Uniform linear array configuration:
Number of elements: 32
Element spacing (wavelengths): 0.5
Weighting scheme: blackman
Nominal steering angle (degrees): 30
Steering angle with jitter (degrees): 29.004
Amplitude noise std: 0.05
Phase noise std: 0.05

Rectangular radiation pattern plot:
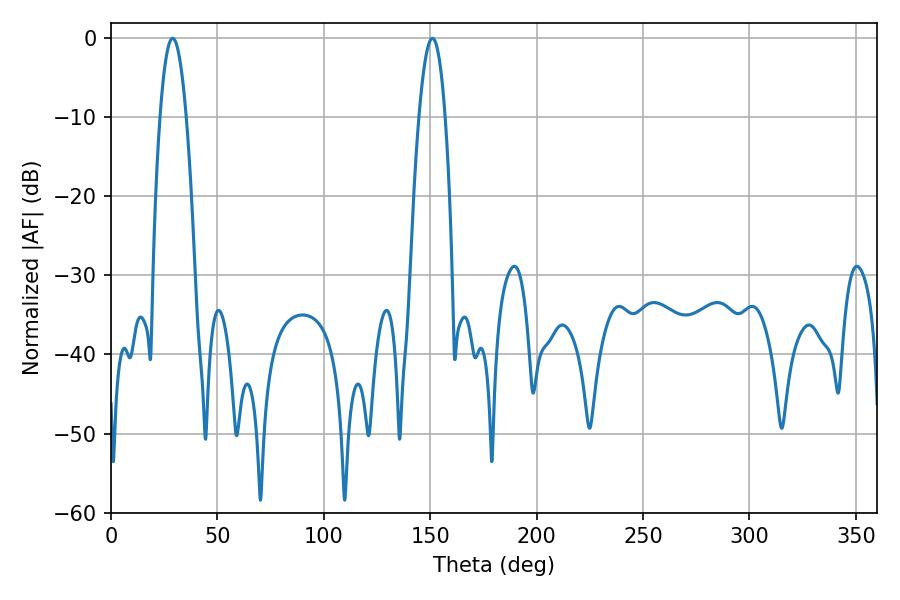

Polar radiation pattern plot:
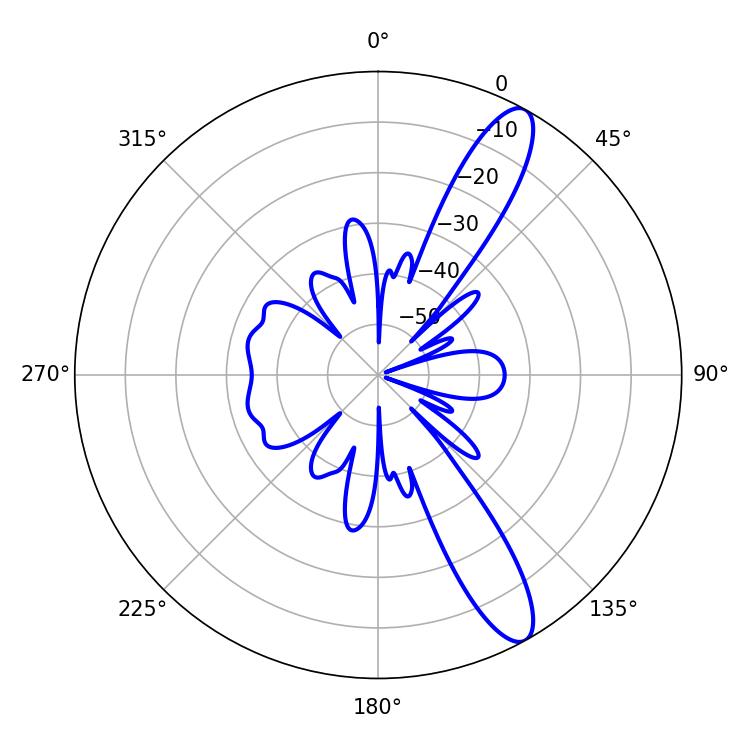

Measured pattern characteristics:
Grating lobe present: FALSE
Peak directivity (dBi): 12.097
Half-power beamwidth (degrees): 6.84
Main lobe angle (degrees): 151.02